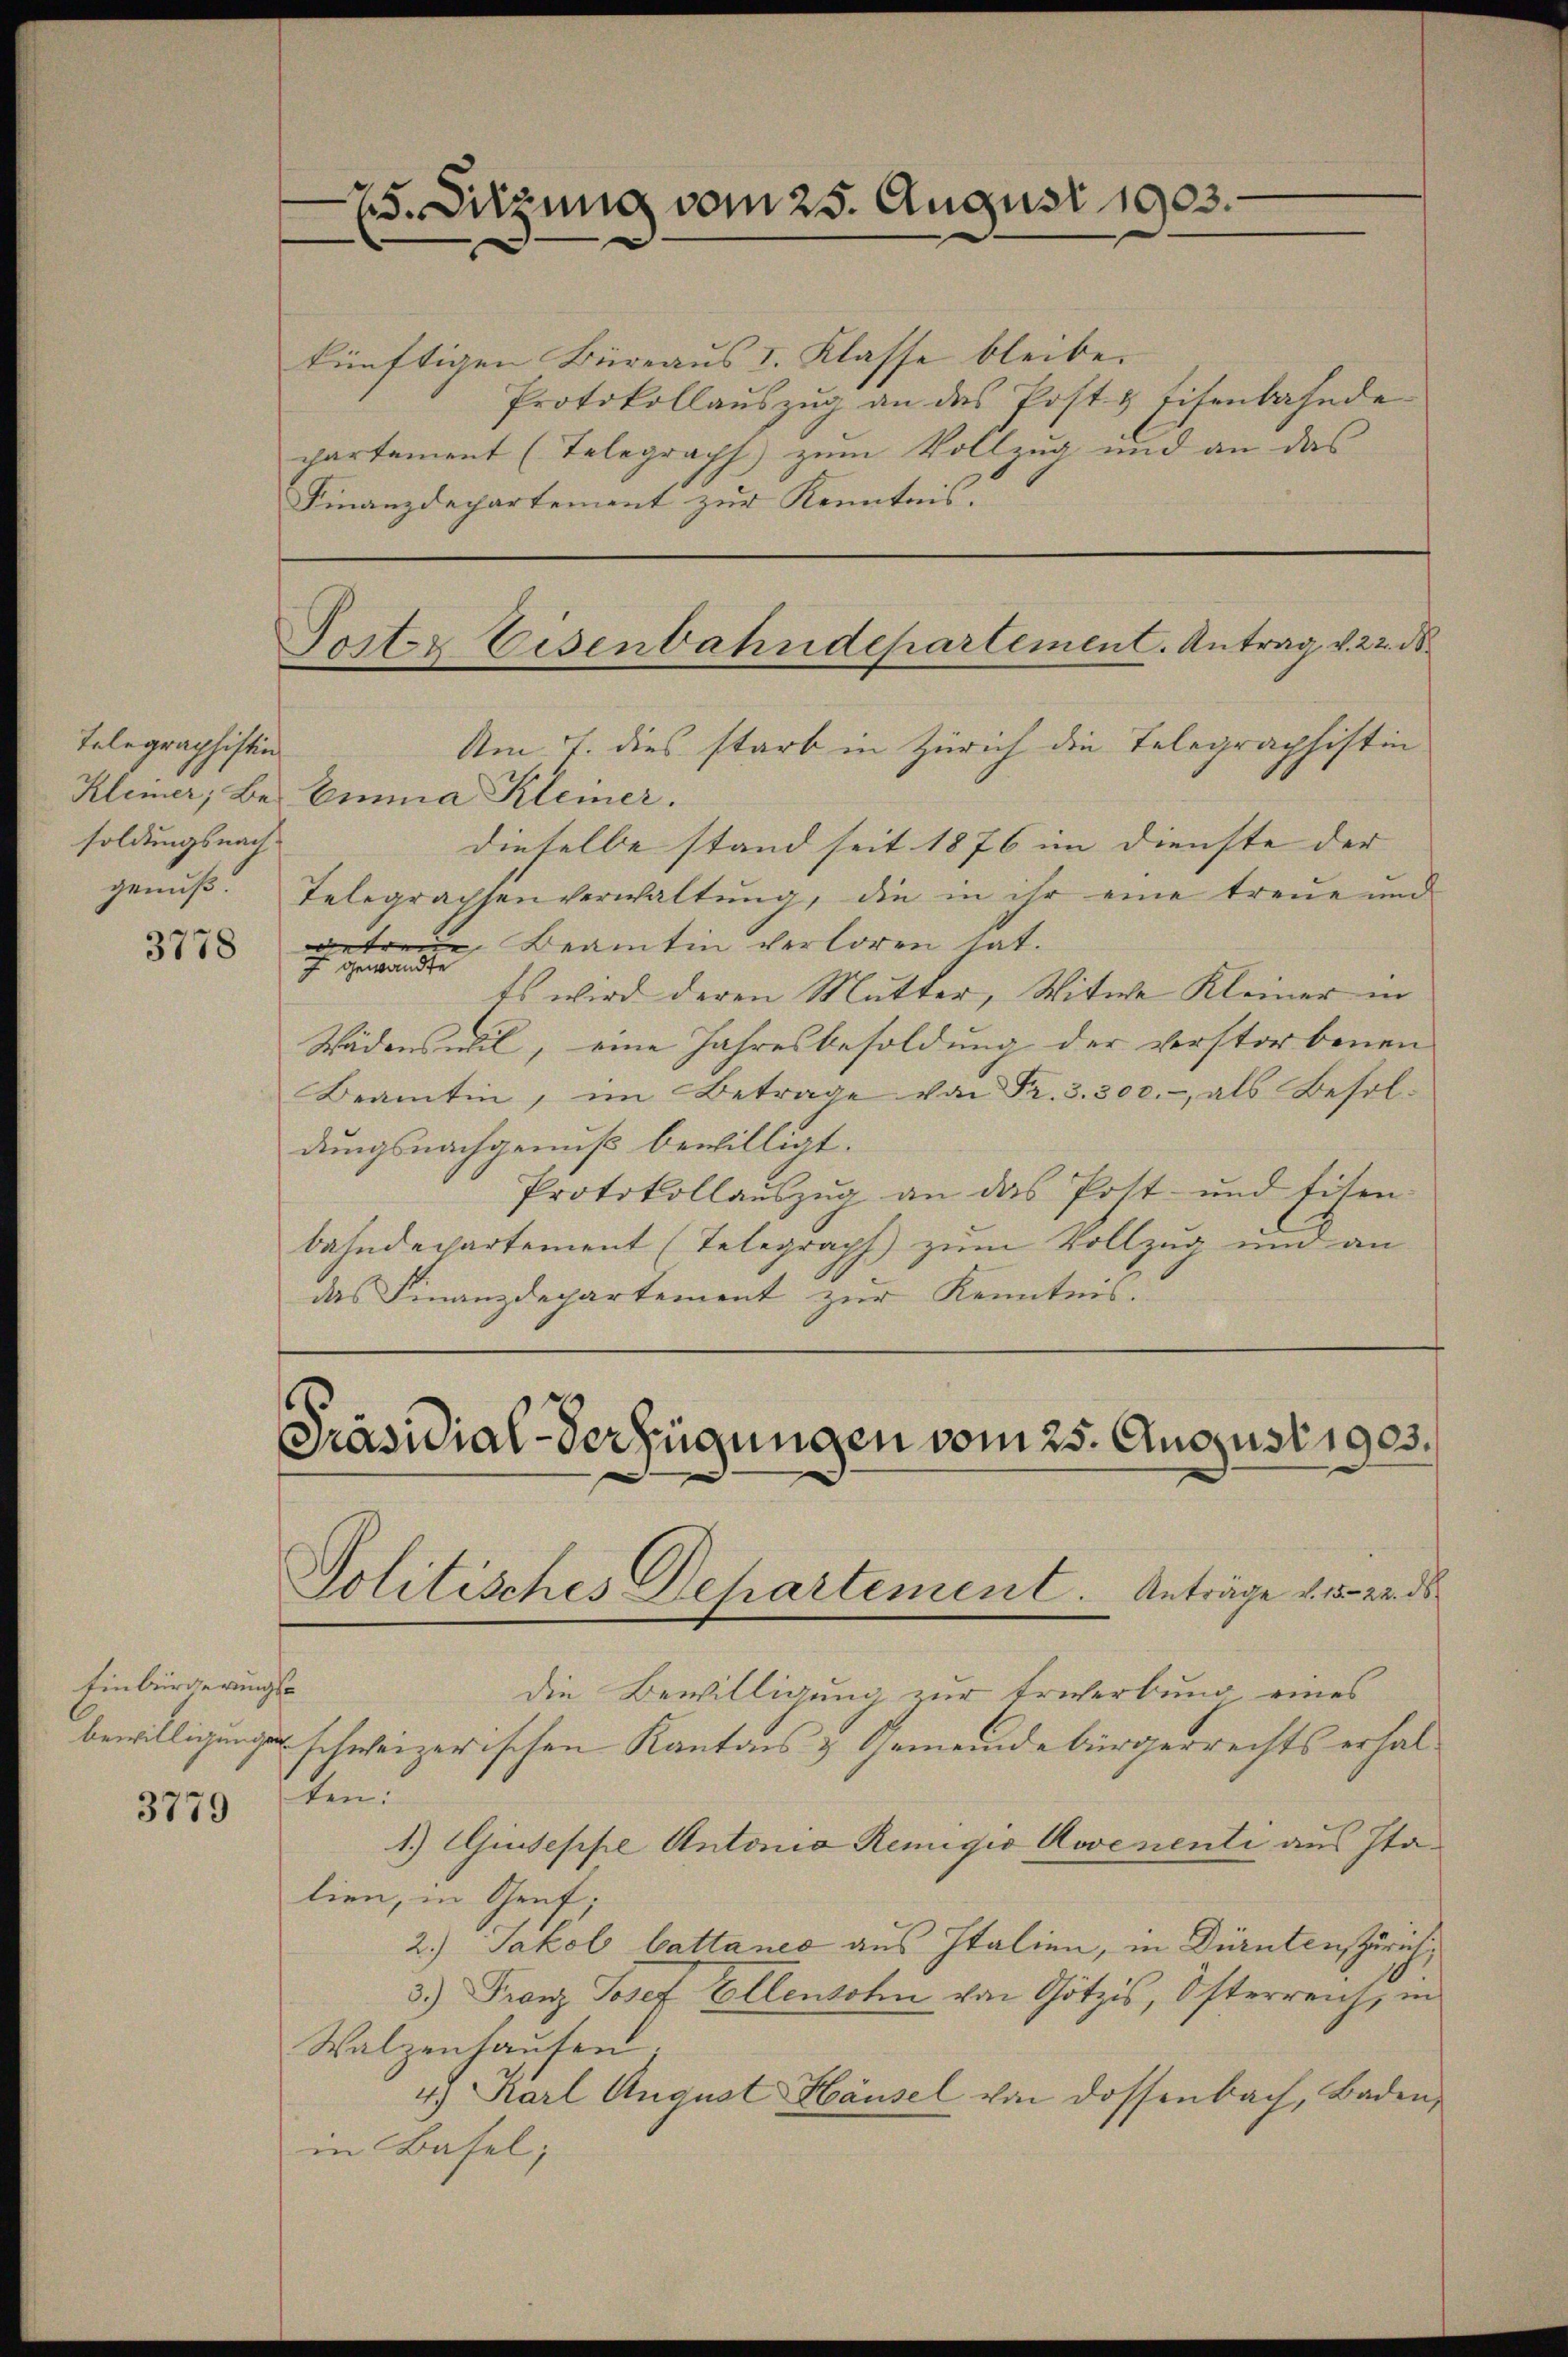
Telegraphistin
Kleiner, Be-
soldungsnachgenuß.

3778

Einbürgerungs¬

3779

25. Sitzung vom 25. August 1903.

künftigen Büreaus I. Klasse bleibe.
Protokollauszug an des Post & Eisenbahnde
partement (Telegraph zum Vollzug und an das
Finanzdepartement zur Kenntnis:

Torter Eisenbahndepartement. Antrag v. 22. d.

Am 7. dies starb in Zürich die Telegraphistin
Emma Kleiner.
dieselbe stand seit 1876 im Dienste der |
Telegrachsenverwaltung, die in ihr eine treue und
der Beamten verloren hat.
f gewandte
Es wird deren Mutter, Witwe Kleiner in
Wädenswil, eine Jahresbesoldung der verstorbenen
Beamtin, im Betrage von Fr. 3. 300.- als Besoldungsnachgenuß bewilligt.
Protokollaŭszŭg an das Post- und Eisen-
bahndepartement (Telegraph zum Vollzug und an
das Finanzdepartement zur Kenntnis.

Präsidial-Verfügungen vom 25. August 1903.
Politisches Departement. Anträge v. 15. 22. ds

die Bewilligung zur Erwerbung eines
bewilligung schweizerischen Kantons & Gemeindebürgerrechts erhalten.
1.) Ausseppe Antonia Remigio Aovenenti aus Italien, in Genf;
2.) Jakob Cattanes aus Italien, in Dürntens Zürich,
3.) Franz Josef Ellensohn von Götzis, Österreich, in
Walzenhausen
4.) Karl August Häusel von Dossenbach, Baden,
in Basel;